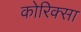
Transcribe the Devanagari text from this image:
कोरिक्सा